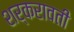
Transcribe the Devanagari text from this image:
शर्करावती